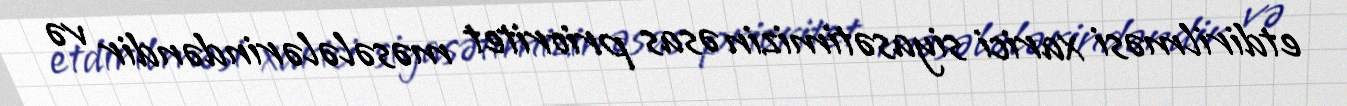
etdirilməsi xarici siyasətimizin əsas prioritet məsələlərindəndir və